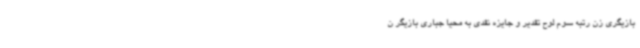
بازیگری زن رتبه سوم لوح تقدیر و جایزه نقدی به محیا جباری بازیگر ن